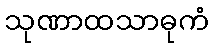
သုဏာထသာဓုကံ